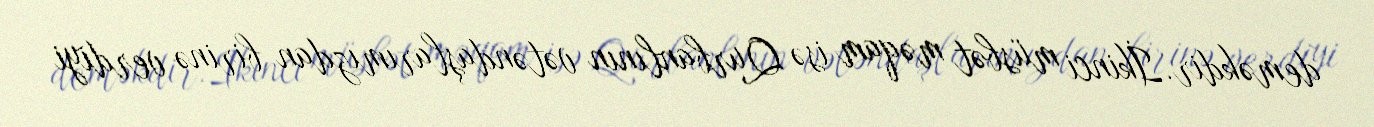
deməkdir.İkinci müsbət məqam isə Qurbanlının vətəndaşlarımızdan birinə verdiyi